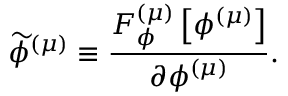
\widetilde { \phi } ^ { \left( \mu \right) } \equiv \frac { { \cal F } _ { \phi } ^ { \left( \mu \right) } \left[ \phi ^ { \left( \mu \right) } \right] } { \partial \phi ^ { \left( \mu \right) } } .